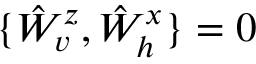
\{ \hat { W } _ { v } ^ { z } , \hat { W } _ { h } ^ { x } \} = 0